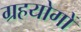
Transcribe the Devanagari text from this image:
ग्रहयोगों